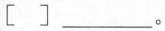
[] ___。